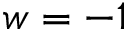
w = - 1